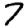
Digit: 7